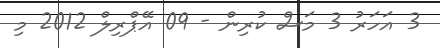
3 އަހަރު 3 މަސް ކުރިން - 09 އޭޕްރިލް 2012 މި